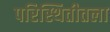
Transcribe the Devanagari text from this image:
परिस्थितीतला